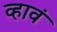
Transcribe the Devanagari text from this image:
व्‍हावं